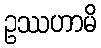
ဥဿဟာမိ